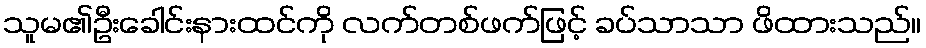
သူမ၏ဦးခေါင်းနားထင်ကို လက်တစ်ဖက်ဖြင့် ခပ်သာသာ ဖိထားသည်။